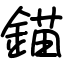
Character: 錨